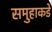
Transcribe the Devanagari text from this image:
समुहाकडे